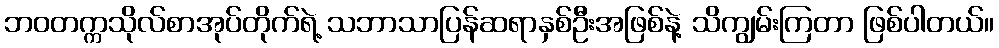
ဘဝတက္ကသိုလ်စာအုပ်တိုက်ရဲ့ သဘာသာပြန်ဆရာနှစ်ဦးအဖြစ်နဲ့ သိကျွမ်းကြတာ ဖြစ်ပါတယ်။